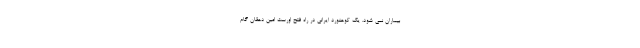
بیماران نمی شود. یک کوهنورد ایرانی در راه فتح اورست امین دهقان گام